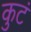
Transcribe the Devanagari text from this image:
कुटं